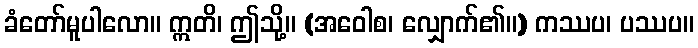
ခံတော်မူပါလော။ ဣတိ၊ ဤသို့။ (အဝေါစ၊ လျှောက်၏။) ကဿပ၊ ပဿပ။